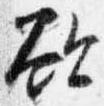
欲